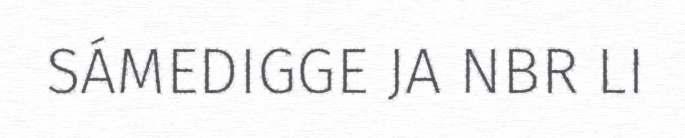
SÁMEDIGGE JA NBR LI